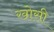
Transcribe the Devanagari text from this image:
खोसी